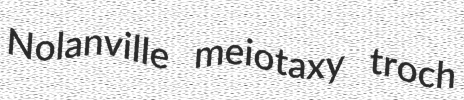
Nolanville meiotaxy troch